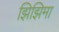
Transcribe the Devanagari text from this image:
झिझिमा